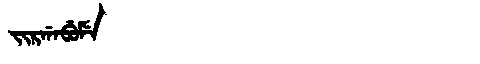
Manchu: ᠵᡳᡵᡤᠠᠪᡠᠮᡝ
Romanization: JIRGABUME